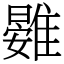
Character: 䨃